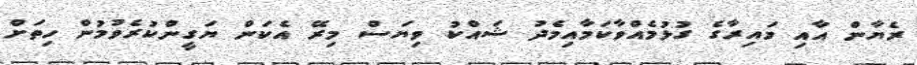
ރެޔާން އާއި މައިރާގެ ގުޅުމެއްވާކަމާއިމެދު ޝައްކު ވިޔަސް މިރޭ އެކަން ޔަގީންކުރެވުމުން ހިތަށް